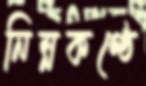
নিম্নকণ্ঠে